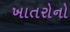
ખાતરોનો